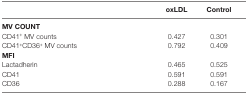
<table><thead><tr><td></td><td><b>oxLDL</b></td><td><b>Control</b></td></tr></thead><tbody><tr><td colspan="3"><b>MV COUNT</b></td></tr><tr><td>CD41<sup>+</sup> MV counts</td><td>0.427</td><td>0.301</td></tr><tr><td>CD41<sup>+</sup>CD36<sup>+</sup> MV counts</td><td>0.792</td><td>0.409</td></tr><tr><td colspan="3"><b>MFI</b></td></tr><tr><td>Lactadherin</td><td>0.465</td><td>0.525</td></tr><tr><td>CD41</td><td>0.591</td><td>0.591</td></tr><tr><td>CD36</td><td>0.288</td><td>0.167</td></tr></tbody></table>